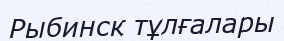
Рыбинск тұлғалары